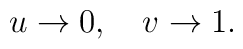
u \rightarrow 0, \quad v \rightarrow 1.